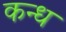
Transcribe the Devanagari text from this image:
कन्ध